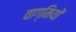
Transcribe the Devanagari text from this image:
वाग्मियों